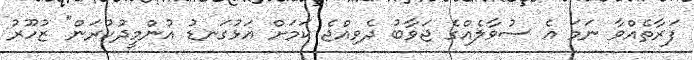
ފަރާތެއްވާ ނަމަ އެ ސުވާލެއްގެ ޖަވާބު ދެވިއްޖެ ކަމަށް އަޅުގަނޑު އުންމީދުކުރަން" ޒުހޫރު